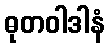
ဓုတဝါဒါနံ